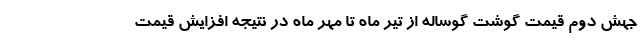
جهش دوم قیمت گوشت گوساله از تیر ماه تا مهر ماه در نتیجه افزایش قیمت